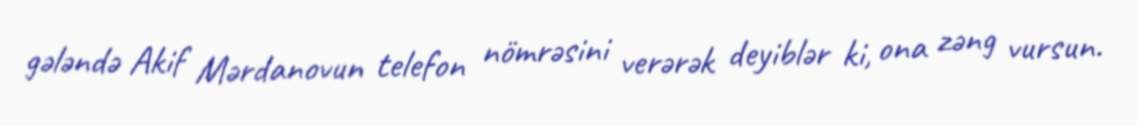
gələndə Akif Mərdanovun telefon nömrəsini verərək deyiblər ki, ona zəng vursun.